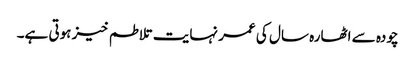
چودہ سے اٹھارہ سال کی عمر نہایت تلاطم خیز ہوتی ہے۔